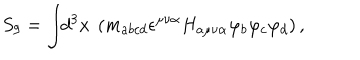
S _ { 9 } = \int \! \! d ^ { 3 } x ~ \left( m _ { a b c d } \epsilon ^ { \mu \nu \alpha } H _ { a \mu \nu \alpha } \varphi _ { b } \varphi _ { c } \varphi _ { d } \right) ,